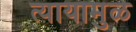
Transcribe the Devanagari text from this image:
त्यायामुळे